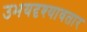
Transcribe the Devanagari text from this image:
उभयदृश्यावतार